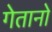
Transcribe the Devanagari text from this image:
गेतानो